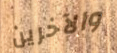
والآخرين